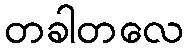
တခါတလေ